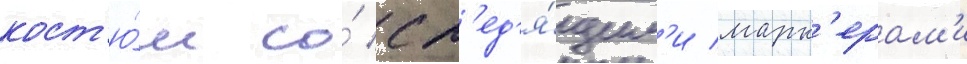
кост'ю́м со́ сл'ед'я́щим'и марк'ерам'и